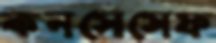
কনসেসেফ